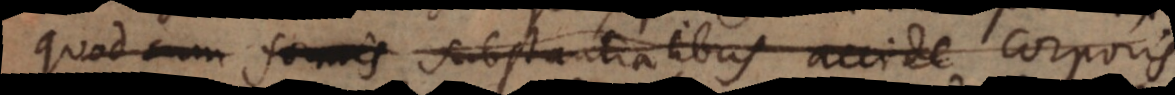
quod cum formis substantialibus accide corporis